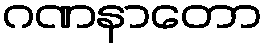
ဂဏနာတော